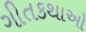
ગીતકથાઓ